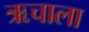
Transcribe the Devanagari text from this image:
ऋचाला